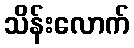
သိန်းလောက်